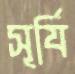
সূর্যি